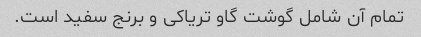
تمام آن شامل گوشت گاو تریاکی و برنج سفید است.